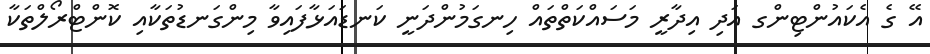
އޭ ގެ އެކައުންޓިންގ އަދި އިދާރީ މަސައްކަތްތައް ހިނގަމުންދަނީ ކަނޑައަޅާފައިވާ މިންގަނޑުތަކާއި ކޮންޓްރޯލްތަކާ